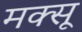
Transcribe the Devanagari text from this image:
मक्सू